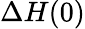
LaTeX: \Delta H(0)